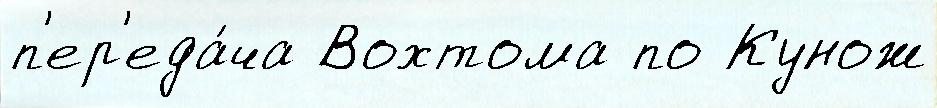
п'ер'еда́ча Вохтома по Кунож